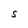
Character: S